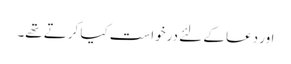
اور دعا کے لئے درخواست کیا کرتے تھے۔